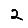
Digit: 2